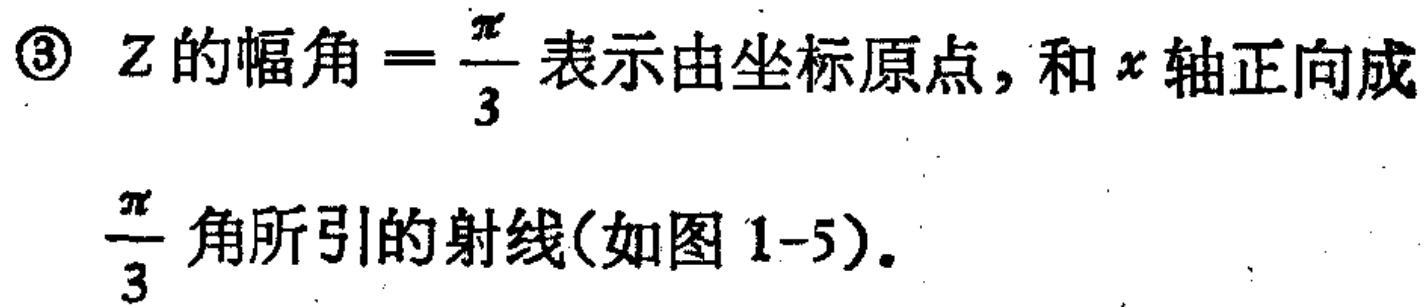
\textcircled{3} \(Z\)的幅角\( = \dfrac{\pi}{3}\)表示由坐标原点，和\(x\)轴正向成\(\dfrac{\pi}{3}\)角所引的射线(如图1-5)。